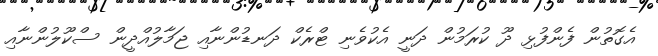
އެގޮތުން ފެންފުޅި ދޫ ކުރަމުން ދަނީ އެކުވެނި ޓްރެކް ދަނޑުންނާއި ޖަމާލުއްދީން ސްކޫލުންނާއި